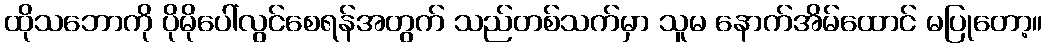
ထိုသဘောကို ပိုမိုပေါ်လွင်စေရန်အတွက် သည်တစ်သက်မှာ သူမ နောက်အိမ်ထောင် မပြုတော့။